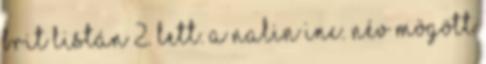
brit listán 2. lett. A Nalin Inc. név mögött